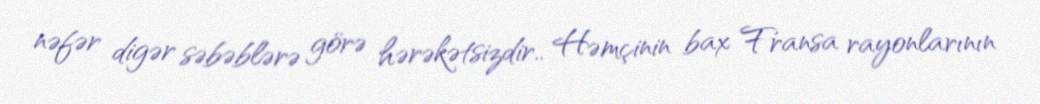
nəfər digər səbəblərə görə hərəkətsizdir.. Həmçinin bax Fransa rayonlarının